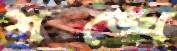
শঙ্খে